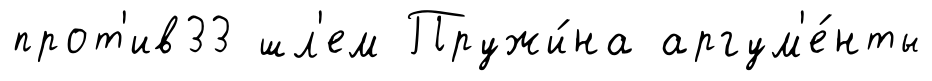
прот'ив33 шл'ем Пружи́на аргум'е́нты